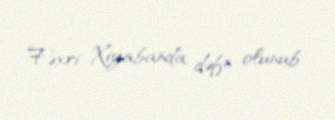
Fəxri Xiyabanda dəfn olunub.